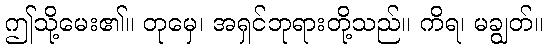
ဤသို့မေး၏။ တုမှေ၊ အရှင်ဘုရားတို့သည်။ ကိရ၊ မချွတ်။